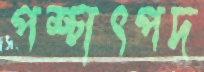
পশ্চাৎপদ